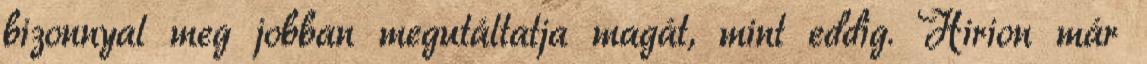
bizonnyal meg jobban megutáltatja magát, mint eddig. Hirion már